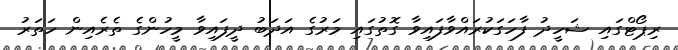
ރިޕޯޓްގައި ޝަހީދު ފާހަގަކުރައްވާފައިވާ ގޮތުގައި މަރުގެ އަދަބު ދީފައިވާ މީހުންގެ ތެރެއިން ހަތަރު